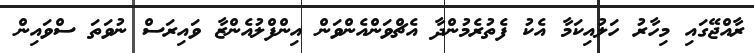
ރާއްޖޭގައި މިހާރު ހަލުއިކަމާ އެކު ފެތުރެމުންދާ އެޗްވަންއެންވަން އިންފްލުއެންޒާ ވައިރަސް ނުވަތަ ސްވައިން